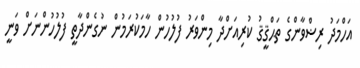
އަހްމަދު ރިޟްވާންގެ ތަޙްޤީޤު ކުރިއަށްދާ މިންވަރު ފުލުހުން ހާމަކުރަމުން ނުގެންދާތީ ފުލުހުންނަށް ވަނީ